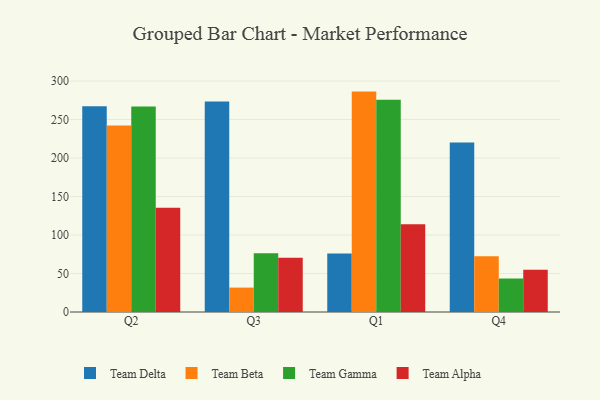
{"axis": {"x": "Quarter", "y": "Website Visitors"}, "legend": ["Team Alpha", "Team Beta", "Team Delta", "Team Gamma"], "data": [{"x": "Q2", "y": 267.3, "type": "Team Delta"}, {"x": "Q2", "y": 242.2, "type": "Team Beta"}, {"x": "Q2", "y": 267.0, "type": "Team Gamma"}, {"x": "Q2", "y": 135.3, "type": "Team Alpha"}, {"x": "Q3", "y": 273.5, "type": "Team Delta"}, {"x": "Q3", "y": 31.7, "type": "Team Beta"}, {"x": "Q3", "y": 76.2, "type": "Team Gamma"}, {"x": "Q3", "y": 70.6, "type": "Team Alpha"}, {"x": "Q1", "y": 76.1, "type": "Team Delta"}, {"x": "Q1", "y": 286.3, "type": "Team Beta"}, {"x": "Q1", "y": 275.6, "type": "Team Gamma"}, {"x": "Q1", "y": 114.1, "type": "Team Alpha"}, {"x": "Q4", "y": 220.2, "type": "Team Delta"}, {"x": "Q4", "y": 72.4, "type": "Team Beta"}, {"x": "Q4", "y": 43.5, "type": "Team Gamma"}, {"x": "Q4", "y": 54.9, "type": "Team Alpha"}]}